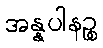
အန္နပါနဉ္စ